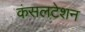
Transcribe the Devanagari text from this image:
कंसलटेशन